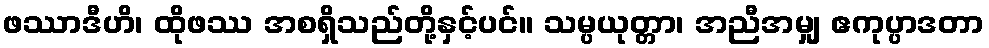
ဖဿာဒီဟိ၊ ထိုဖဿ အစရှိသည်တို့နှင့်ပင်။ သမ္ပယုတ္တာ၊ အညီအမျှ ဧကုပ္ပာဒတာ